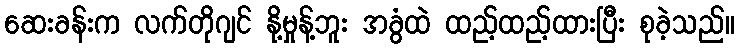
ဆေးခန်းက လက်တိုဂျင် နို့မှုန့်ဘူး အခွံထဲ ထည့်ထည့်ထားပြီး စုခဲ့သည်။